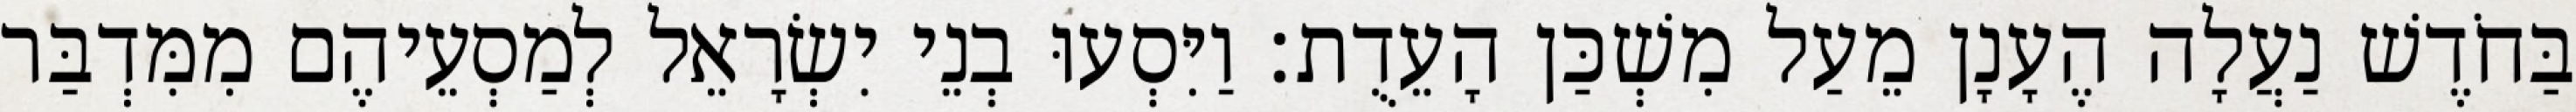
בַּחֹדֶשׁ נַעֲלָה הֶעָנָן מֵעַל מִשְׁכַּן הָעֵדֻת׃ וַיִּסְעוּ בְנֵי יִשְׂרָאֵל לְמַסְעֵיהֶם מִמִּדְבַּר